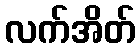
လက်အိတ်